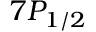
7 P _ { 1 / 2 }